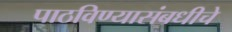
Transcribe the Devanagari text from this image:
पाठविण्यासंबधीचे